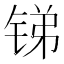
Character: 锑